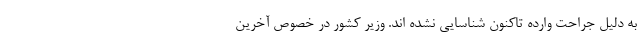
به دلیل جراحت وارده تاکنون شناسایی نشده اند. وزیر کشور در خصوص آخرین